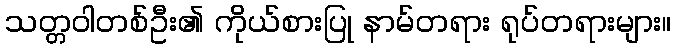
သတ္တဝါတစ်ဦး၏ ကိုယ်စားပြု နာမ်တရား ရုပ်တရားများ။